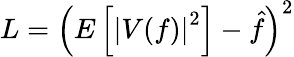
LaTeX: L=\left(E\left[\left|V(f)\right|^{2}\right]-\hat{f}\right)^{2}